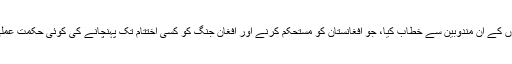
وزیرِ خارجہ کلنٹن نے جمعرات کے روز لندن میں تقریباً 70 ملکوں کے اُن مندوبین سے خطاب کیا، جو افغانستان کو مستحکم کرنے اور افغان جنگ کو کسی اختتام تک پہنچانے کی کوئى حکمت عملی وضع کرنے کے بارے مذاکرات کے لیے برطانیہ میں یکجا ہیں۔